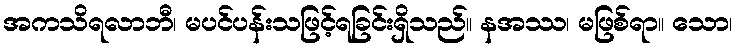
အကသိရလာဘီ၊ မပင်ပန်းသဖြင့်ရခြင်းရှိသည်။ နအဿ၊ မဖြစ်ရာ။ သော၊